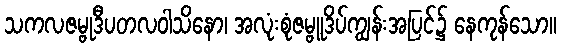
သကလဇမ္ဗုဒီပတလဝါသိနော၊ အလုံးစုံဇမ္ဗူဒိပ်ကျွန်းအပြင်၌ နေကုန်သော။